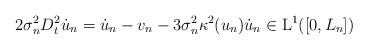
LaTeX: \begin{align*}2\sigma_n^2 D_t^2\dot{u}_n=\dot{u}_n-v_n-3\sigma_n^2\kappa^2(u_n)\dot{u}_n\in \mathrm{L}^1([0,L_n])\end{align*}